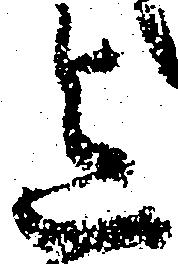
迄